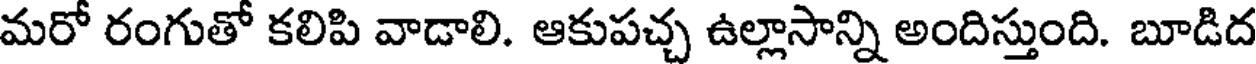
మరో రంగుతో కలిపి వాడాలి. ఆకుపచ్చ ఉల్లాసాన్ని అందిస్తుంది. బూడిద